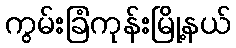
ကွမ်းခြံကုန်းမြို့နယ်